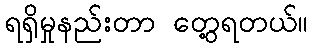
ရရှိမှုနည်းတာ တွေ့ရတယ်။